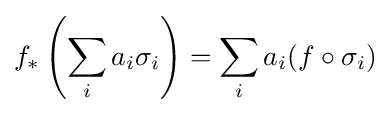
f_{*}\left(\sum _{i}a_{i}\sigma _{i}\right)=\sum _{i}a_{i}(f\circ \sigma _{i})